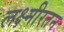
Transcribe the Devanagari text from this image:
लक्ष्मीरतन